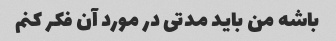
باشه من باید مدتی در مورد آن فکر کنم